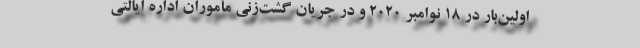
اولین‌بار در ۱۸ نوامبر ۲۰۲۰ و در جریان گشت‌زنی مأموران اداره ایالتی